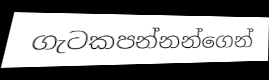
ගැටකපන්නන්ගෙන්